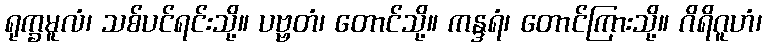
ရုက္ခမူလံ၊ သစ်ပင်ရင်းသို့။ ပဗ္ဗတံ၊ တောင်သို့။ ကန္ဒရံ၊ တောင်ကြားသို့။ ဂိရိဂူဟံ၊